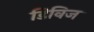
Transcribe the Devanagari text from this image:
डिविज